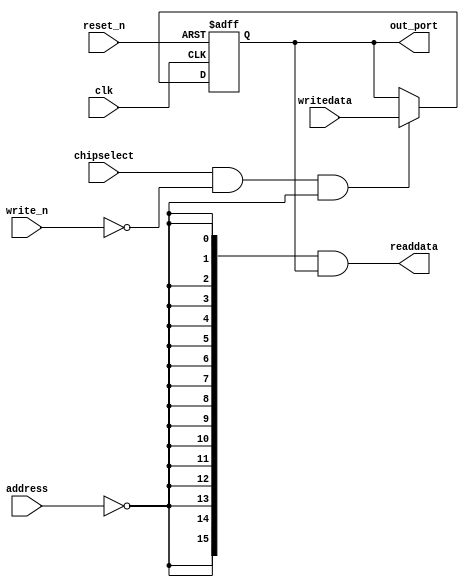
//Legal Notice: (C)2014 Altera Corporation. All rights reserved.  Your
//use of Altera Corporation's design tools, logic functions and other
//software and tools, and its AMPP partner logic functions, and any
//output files any of the foregoing (including device programming or
//simulation files), and any associated documentation or information are
//expressly subject to the terms and conditions of the Altera Program
//License Subscription Agreement or other applicable license agreement,
//including, without limitation, that your use is for the sole purpose
//of programming logic devices manufactured by Altera and sold by Altera
//or its authorized distributors.  Please refer to the applicable
//agreement for further details.

// synthesis translate_off
`timescale 1ns / 1ps
// synthesis translate_on

// turn off superfluous verilog processor warnings 
// altera message_level Level1 
// altera message_off 10034 10035 10036 10037 10230 10240 10030 

module seven_seg_pio (
                       // inputs:
                        address,
                        chipselect,
                        clk,
                        reset_n,
                        write_n,
                        writedata,

                       // outputs:
                        out_port,
                        readdata
                     )
;

  output  [ 15: 0] out_port;
  output  [ 15: 0] readdata;
  input   [  1: 0] address;
  input            chipselect;
  input            clk;
  input            reset_n;
  input            write_n;
  input   [ 15: 0] writedata;

  wire             clk_en;
  reg     [ 15: 0] data_out;
  wire    [ 15: 0] out_port;
  wire    [ 15: 0] read_mux_out;
  wire    [ 15: 0] readdata;
  assign clk_en = 1;
  //s1, which is an e_avalon_slave
  assign read_mux_out = {16 {(address == 0)}} & data_out;
  always @(posedge clk or negedge reset_n)
    begin
      if (reset_n == 0)
          data_out <= 0;
      else if (chipselect && ~write_n && (address == 0))
          data_out <= writedata[15 : 0];
    end


  assign readdata = read_mux_out;
  assign out_port = data_out;

endmodule